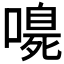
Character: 𭊴